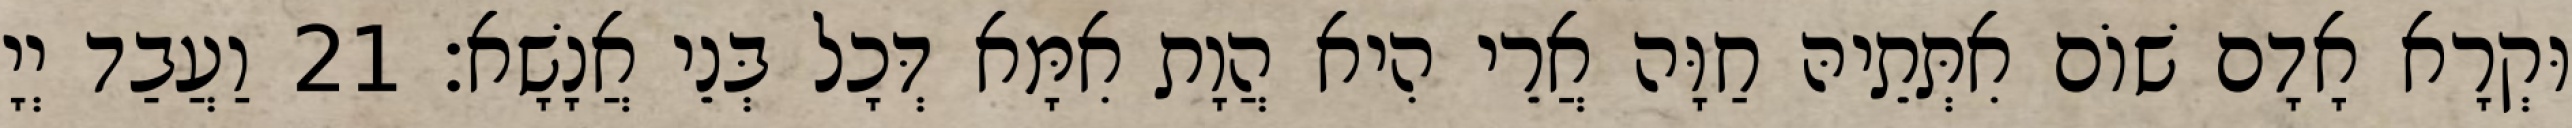
וּקְרָא אָדָם שׁוֹם אִתְּתֵיהּ חַוָּה אֲרֵי הִיא הֲוָת אִמָּא דְּכָל בְּנֵי אֲנָשָׁא׃ 21 וַעֲבַד יְיָ